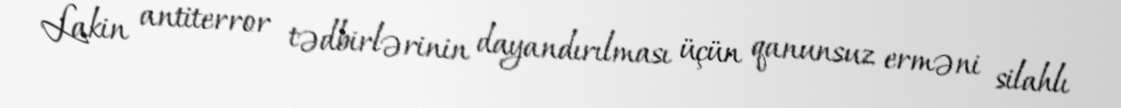
Lakin antiterror tədbirlərinin dayandırılması üçün qanunsuz erməni silahlı